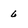
Character: 6